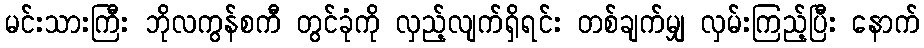
မင်းသားကြီး ဘိုလကွန်စကီ တွင်ခုံကို လှည့်လျက်ရှိရင်း တစ်ချက်မျှ လှမ်းကြည့်ပြီး နောက်